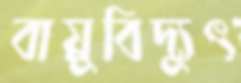
বায়ুবিদ্যুৎ